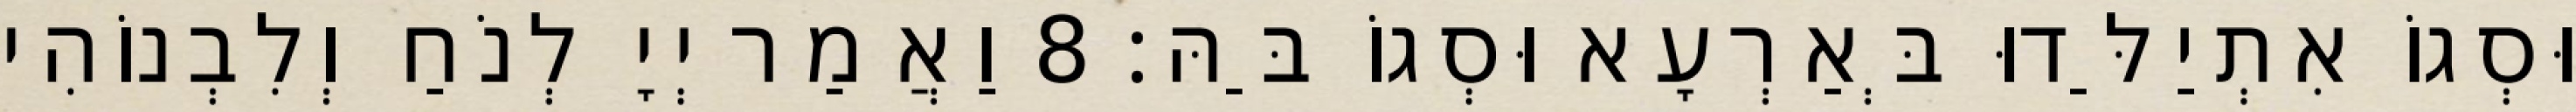
וּסְגוֹ אִתְיַלַּדוּ בְּאַרְעָא וּסְגוֹ בַּהּ׃ 8 וַאֲמַר יְיָ לְנֹחַ וְלִבְנוֹהִי